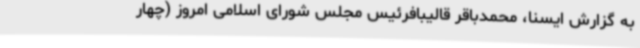
به گزارش ایسنا، محمدباقر قالیبافرئیس مجلس شورای اسلامی امروز (چهار